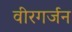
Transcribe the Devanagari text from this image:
वीरगर्जन